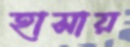
হাসায়